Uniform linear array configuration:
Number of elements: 16
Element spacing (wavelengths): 0.25
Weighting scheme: exponential
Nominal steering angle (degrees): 45
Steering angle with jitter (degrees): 46.054
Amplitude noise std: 0.05
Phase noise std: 0.05

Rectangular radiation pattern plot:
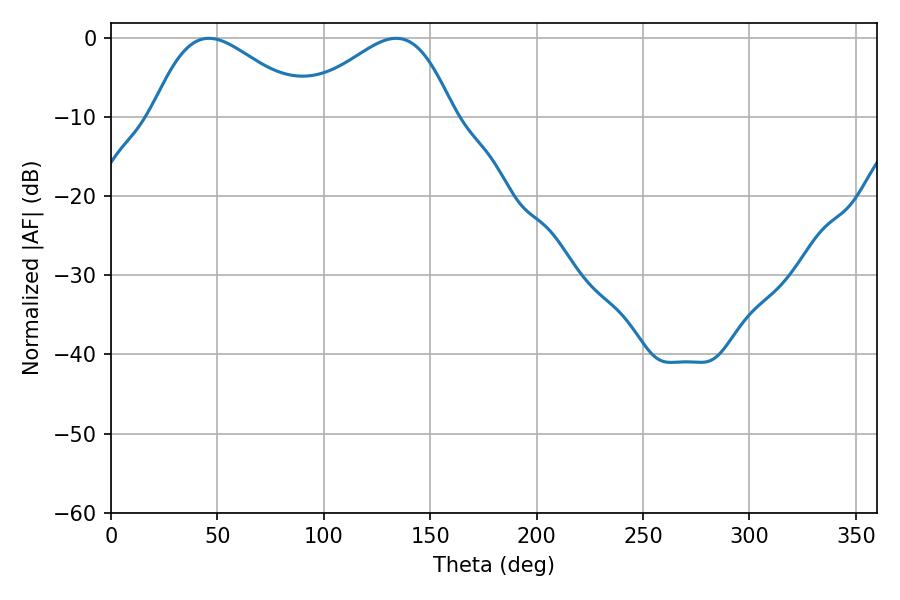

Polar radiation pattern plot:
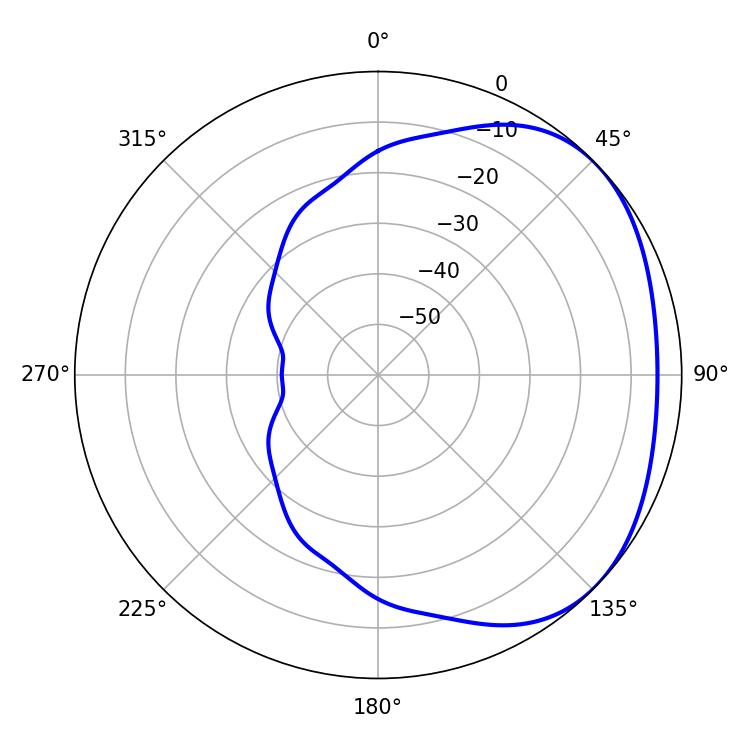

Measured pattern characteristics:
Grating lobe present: FALSE
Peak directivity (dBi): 2.473
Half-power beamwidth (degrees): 39.06
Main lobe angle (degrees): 46.08